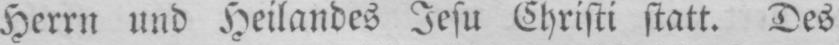
Herrn und Heilandes Jesu Christi statt. Des